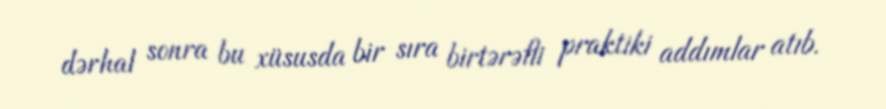
dərhal sonra bu xüsusda bir sıra birtərəfli praktiki addımlar atıb.